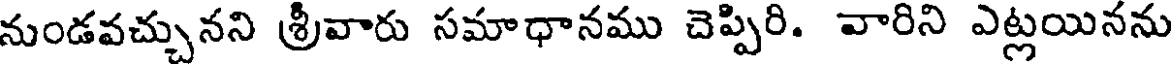
నుండవచ్చునని శ్రీవారు సమాధానము చెప్పిరి. వారిని ఎట్లయినను